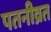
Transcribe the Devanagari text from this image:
पतनीव्रत